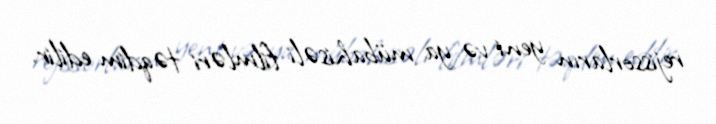
rejissorların yeni və ya mübahisəli filmləri təqdim edilir.